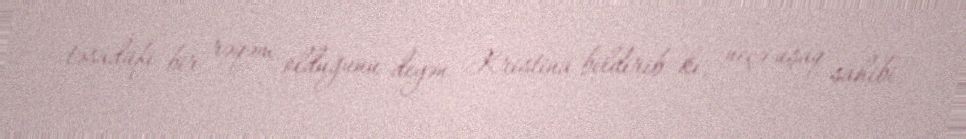
təsadüfi bir rəqəm olduğunu deyən Kristina bildirib ki, neçə uşaq sahibi